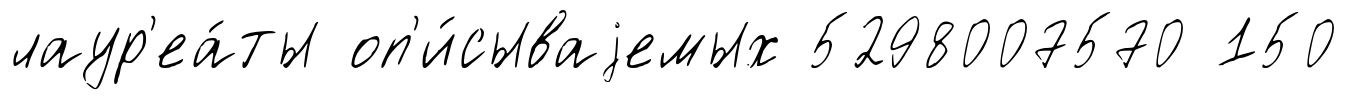
лаур'еа́ты оп'и́сываjемых 5298007570 150